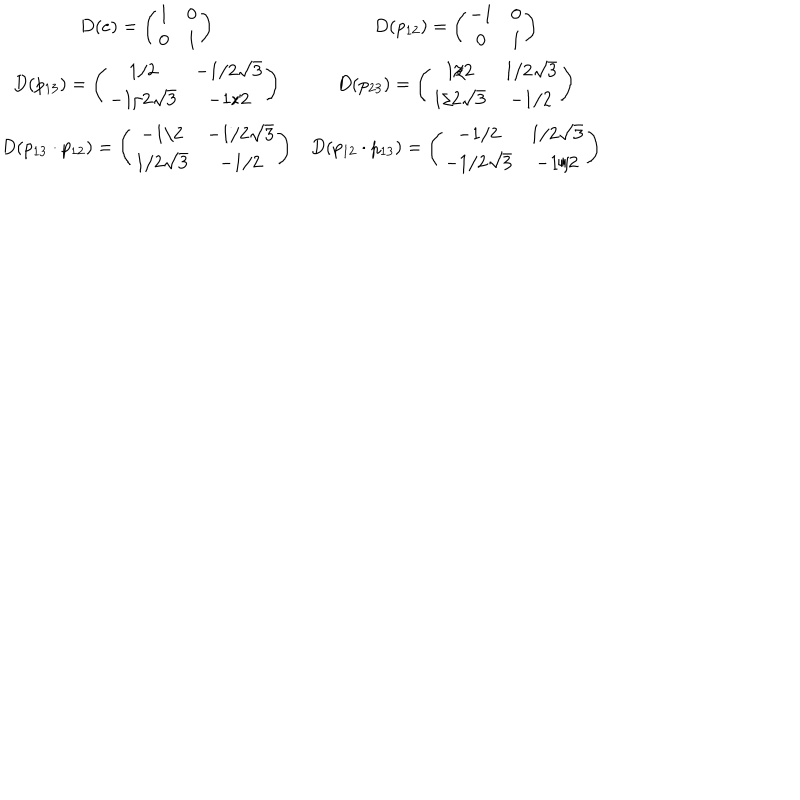
LaTeX: \begin{array} { c c } { { \def \arraystretch { 1 } D ( e ) = \left( \begin{array} { c c } { { 1 } } & { { 0 } } \\ { { 0 } } & { { 1 } } \\ \end{array} \right) } } & { { D ( p _ { 1 2 } ) = \left( \begin{array} { c c } { { - 1 } } & { { 0 } } \\ { { 0 } } & { { 1 } } \\ \end{array} \right) } } \\ { { D ( p _ { 1 3 } ) = \left( \begin{array} { c c } { { 1 / 2 } } & { { - 1 / 2 \sqrt { 3 } } } \\ { { - 1 / 2 \sqrt { 3 } } } & { { - 1 / 2 } } \\ \end{array} \right) } } & { { D ( p _ { 2 3 } ) = \left( \begin{array} { c c } { { 1 / 2 } } & { { 1 / 2 \sqrt { 3 } } } \\ { { 1 / 2 \sqrt { 3 } } } & { { - 1 / 2 } } \\ \end{array} \right) } } \\ { { D ( p _ { 1 3 } \cdot p _ { 1 2 } ) = \left( \begin{array} { c c } { { - 1 / 2 } } & { { - 1 / 2 \sqrt { 3 } } } \\ { { 1 / 2 \sqrt { 3 } } } & { { - 1 / 2 } } \\ \end{array} \right) } } & { { D ( p _ { 1 2 } \cdot p _ { 1 3 } ) = \left( \begin{array} { c c } { { - 1 / 2 } } & { { 1 / 2 \sqrt { 3 } } } \\ { { - 1 / 2 \sqrt { 3 } } } & { { - 1 / 2 } } \\ \end{array} \right) } } \\ \end{array}